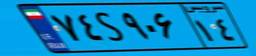
۷۴S۹۰۶۱۴